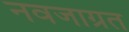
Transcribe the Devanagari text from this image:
नवजाग्रत